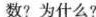
数？为什么？